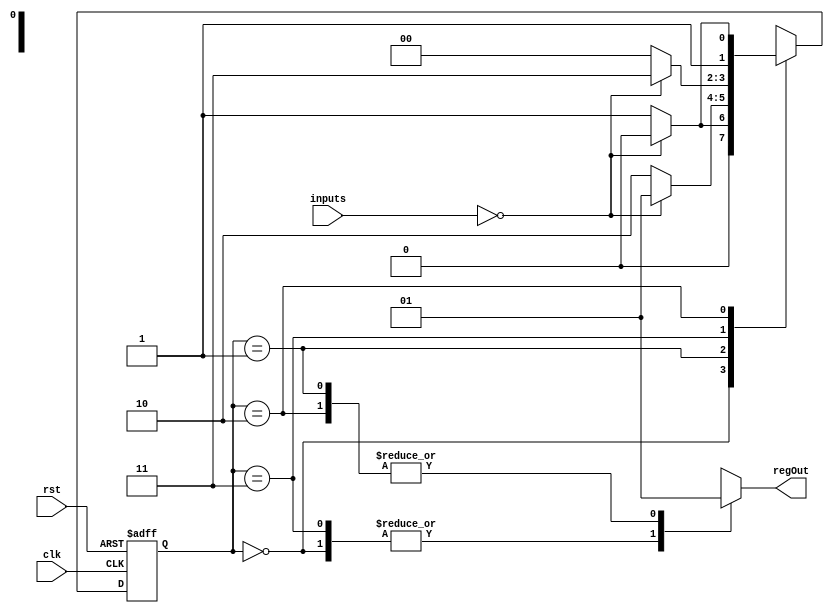
module GrayCodeStateMachine(
    input wire clk,
    input wire rst,
    input wire [1:0] inputs,
    output wire regOut
);

// Define states using Gray code encoding
parameter S0 = 2'b00;
parameter S1 = 2'b01;
parameter S2 = 2'b11;
parameter S3 = 2'b10;

// State register
reg [1:0] state_reg;
reg [1:0] next_state;

// State transition logic
always @(posedge clk or posedge rst) begin
    if (rst) begin
        state_reg <= S0;
    end else begin
        state_reg <= next_state;
    end
end

// Next state logic based on current state and inputs
always @(*) begin
    case(state_reg)
        S0: begin
            if(inputs == 2'b00) begin
                next_state = S0;
            end else begin
                next_state = S1;
            end
        end
        S1: begin
            if(inputs == 2'b00) begin
                next_state = S1;
            end else begin
                next_state = S3;
            end
        end
        S2: begin
            if(inputs == 2'b00) begin
                next_state = S2;
            end else begin
                next_state = S0;
            end
        end
        S3: begin
            if(inputs == 2'b00) begin
                next_state = S3;
            end else begin
                next_state = S2;
            end
        end
    endcase
end

// Output logic based on current state
always @(*) begin
    case(state_reg)
        S0: regOut = 1'b0;
        S1: regOut = 1'b1;
        S2: regOut = 1'b0;
        S3: regOut = 1'b1;
    endcase
end

endmodule